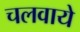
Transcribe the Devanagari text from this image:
चलवाये